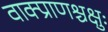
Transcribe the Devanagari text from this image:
वाक्प्राणश्चक्षुः